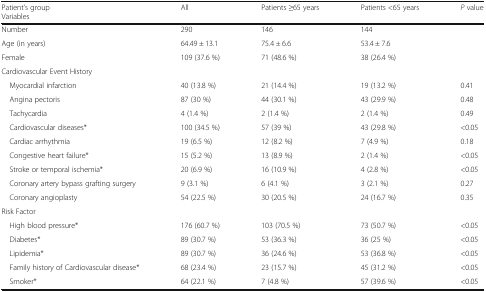
| Patient’s groupVariables | All | Patients ≥65 years | Patients <65 years | P value |
 | --- | --- | --- | --- | --- |
 | Number | 290 | 146 | 144 |  |
 | Age (in years) | 64.49 ± 13.1 | 75.4 ± 6.6 | 53.4 ± 7.6 |  |
 | Female | 109 (37.6 %) | 71 (48.6 %) | 38 (26.4 %) |  |
 | <COLSPAN=5> Cardiovascular Event History |
 | Myocardial infarction | 40 (13.8 %) | 21 (14.4 %) | 19 (13.2 %) | 0.41 |
 | Angina pectoris | 87 (30 %) | 44 (30.1 %) | 43 (29.9 %) | 0.48 |
 | Tachycardia | 4 (1.4 %) | 2 (1.4 %) | 2 (1.4 %) | 0.49 |
 | Cardiovascular diseases* | 100 (34.5 %) | 57 (39 %) | 43 (29.8 %) | <0.05 |
 | Cardiac arrhythmia | 19 (6.5 %) | 12 (8.2 %) | 7 (4.9 %) | 0.18 |
 | Congestive heart failure* | 15 (5.2 %) | 13 (8.9 %) | 2 (1.4 %) | <0.05 |
 | Stroke or temporal ischemia* | 20 (6.9 %) | 16 (10.9 %) | 4 (2.8 %) | <0.05 |
 | Coronary artery bypass grafting surgery | 9 (3.1 %) | 6 (4.1 %) | 3 (2.1 %) | 0.27 |
 | Coronary angioplasty | 54 (22.5 %) | 30 (20.5 %) | 24 (16.7 %) | 0.35 |
 | <COLSPAN=5> Risk Factor |
 | High blood pressure* | 176 (60.7 %) | 103 (70.5 %) | 73 (50.7 %) | <0.05 |
 | Diabetes* | 89 (30.7 %) | 53 (36.3 %) | 36 (25 %) | <0.05 |
 | Lipidemia* | 89 (30.7 %) | 36 (24.6 %) | 53 (36.8 %) | <0.05 |
 | Family history of Cardiovascular disease* | 68 (23.4 %) | 23 (15.7 %) | 45 (31.2 %) | <0.05 |
 | Smoker* | 64 (22.1 %) | 7 (4.8 %) | 57 (39.6 %) | <0.05 |